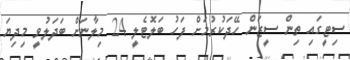
ސިޓީގައި ތިން ސީޒަން ހޭދަކުރުމަށް ފަހު ބަލޮޓެލީ 24 މިލާނަށް ބަދަލުވީ މިދިޔަ